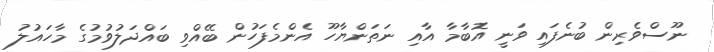
ނޫސްވެރިން ބުނެފައި ވަނީ އޮބާމާ އާއި ނަތަންޔާހޫ އެންމެފަހުން ބޭއްވި ބައްދަލުވުމުގެ މާހައުލު